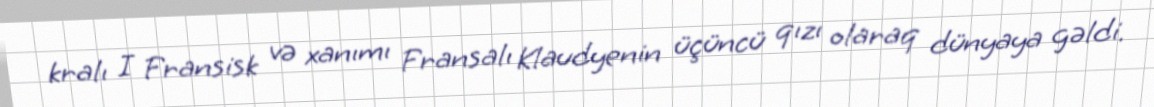
kralı I Fransisk və xanımı Fransalı Klaudyenin üçüncü qızı olaraq dünyaya gəldi.